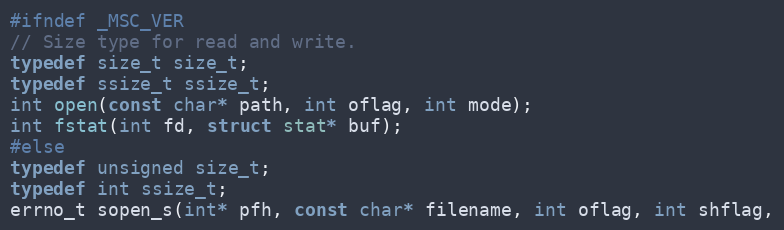
Language: C
#ifndef _MSC_VER
// Size type for read and write.
typedef size_t size_t;
typedef ssize_t ssize_t;
int open(const char* path, int oflag, int mode);
int fstat(int fd, struct stat* buf);
#else
typedef unsigned size_t;
typedef int ssize_t;
errno_t sopen_s(int* pfh, const char* filename, int oflag, int shflag,